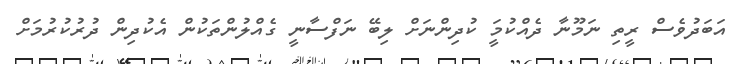
އަބަދުވެސް ރީތި ނަމޫނާ ދެއްކުމަީ ކުދިންނަށް ލިބޭ ނަފްސާނީ ގެއްލުންތަކުން އެކުދިން ދުރުކުރުމަށް